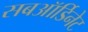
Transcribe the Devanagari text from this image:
सबऑर्डिनेट